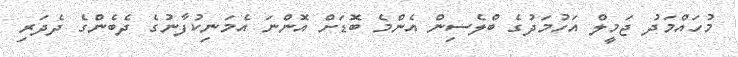
މުހައްމަދު ޖަމީލް އަހުމަދުގެ ބްލެސިން އެންމެ ބޮޑަށް އޮންނަ އެމަނިކުފާނުގެ ދެބެންގެ ދެދަރި